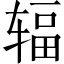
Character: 辐